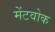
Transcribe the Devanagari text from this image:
मेंटवोक